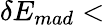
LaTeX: \delta{}E_{mad}<